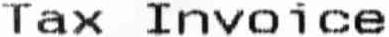
TAX INVOICE